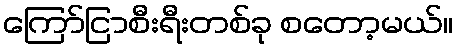
ကြော်ငြာစီးရီးတစ်ခု စတော့မယ်။